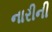
નારીની